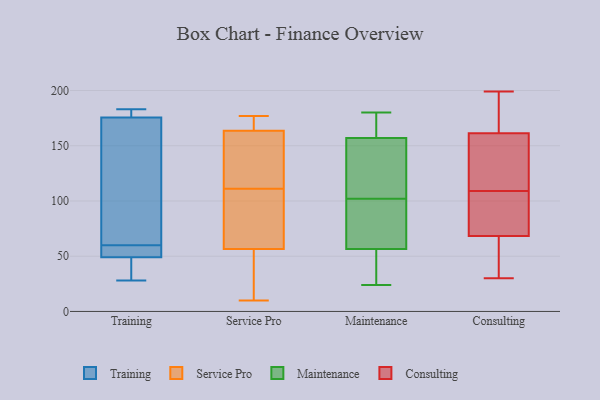
{"axis": {"x": "Bounce Rate (%)", "y": "Value"}, "legend": ["Consulting", "Maintenance", "Service Pro", "Training"], "data": [{"x": "", "y": 176, "type": "Training"}, {"x": "", "y": 183, "type": "Training"}, {"x": "", "y": 175, "type": "Training"}, {"x": "", "y": 145, "type": "Training"}, {"x": "", "y": 56, "type": "Training"}, {"x": "", "y": 60, "type": "Training"}, {"x": "", "y": 42, "type": "Training"}, {"x": "", "y": 30, "type": "Training"}, {"x": "", "y": 60, "type": "Training"}, {"x": "", "y": 180, "type": "Training"}, {"x": "", "y": 28, "type": "Training"}, {"x": "", "y": 58, "type": "Training"}, {"x": "", "y": 10, "type": "Service Pro"}, {"x": "", "y": 165, "type": "Service Pro"}, {"x": "", "y": 28, "type": "Service Pro"}, {"x": "", "y": 175, "type": "Service Pro"}, {"x": "", "y": 165, "type": "Service Pro"}, {"x": "", "y": 124, "type": "Service Pro"}, {"x": "", "y": 109, "type": "Service Pro"}, {"x": "", "y": 24, "type": "Service Pro"}, {"x": "", "y": 94, "type": "Service Pro"}, {"x": "", "y": 95, "type": "Service Pro"}, {"x": "", "y": 177, "type": "Service Pro"}, {"x": "", "y": 111, "type": "Service Pro"}, {"x": "", "y": 44, "type": "Service Pro"}, {"x": "", "y": 159, "type": "Service Pro"}, {"x": "", "y": 134, "type": "Service Pro"}, {"x": "", "y": 76, "type": "Maintenance"}, {"x": "", "y": 37, "type": "Maintenance"}, {"x": "", "y": 119, "type": "Maintenance"}, {"x": "", "y": 157, "type": "Maintenance"}, {"x": "", "y": 157, "type": "Maintenance"}, {"x": "", "y": 76, "type": "Maintenance"}, {"x": "", "y": 157, "type": "Maintenance"}, {"x": "", "y": 94, "type": "Maintenance"}, {"x": "", "y": 24, "type": "Maintenance"}, {"x": "", "y": 110, "type": "Maintenance"}, {"x": "", "y": 180, "type": "Maintenance"}, {"x": "", "y": 32, "type": "Maintenance"}, {"x": "", "y": 162, "type": "Consulting"}, {"x": "", "y": 67, "type": "Consulting"}, {"x": "", "y": 181, "type": "Consulting"}, {"x": "", "y": 95, "type": "Consulting"}, {"x": "", "y": 110, "type": "Consulting"}, {"x": "", "y": 159, "type": "Consulting"}, {"x": "", "y": 30, "type": "Consulting"}, {"x": "", "y": 43, "type": "Consulting"}, {"x": "", "y": 59, "type": "Consulting"}, {"x": "", "y": 199, "type": "Consulting"}, {"x": "", "y": 151, "type": "Consulting"}, {"x": "", "y": 109, "type": "Consulting"}, {"x": "", "y": 165, "type": "Consulting"}, {"x": "", "y": 139, "type": "Consulting"}, {"x": "", "y": 81, "type": "Consulting"}, {"x": "", "y": 54, "type": "Consulting"}, {"x": "", "y": 184, "type": "Consulting"}, {"x": "", "y": 72, "type": "Consulting"}, {"x": "", "y": 90, "type": "Consulting"}]}